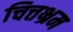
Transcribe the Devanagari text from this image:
चित्तभ्रम